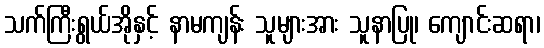
သက်ကြီးရွယ်အိုနှင့် နာမကျန်း သူများအား သူနာပြု၊ ကျောင်းဆရာ၊